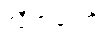
လီဗာပူးကို